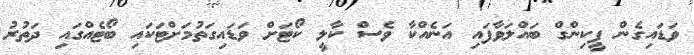
ވަޑައިގެން ޕީކިންގް ބައްލަވާފައި އަނެއްކާ ވެސް ކާލީ ކޯޓަށް ވަޑައިގަތުމަށްޓަކައި ބޯޓެއްގައި ދަތުރު